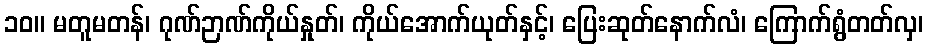
၁၀။ မတူမတန်၊ ဂုဏ်ဉာဏ်ကိုယ်နှုတ်၊ ကိုယ်အောက်ယုတ်နှင့်၊ ပြေးဆုတ်နောက်လံ၊ ကြောက်ရွံတတ်လှ၊